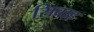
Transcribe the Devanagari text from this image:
सिवाह